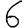
Digit: 6